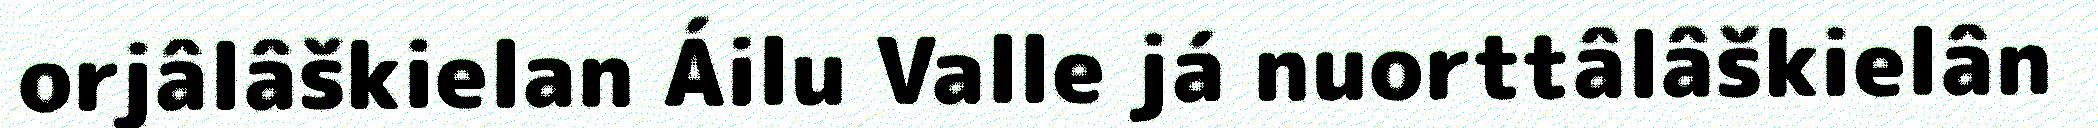
orjâlâškielan Áilu Valle já nuorttâlâškielân